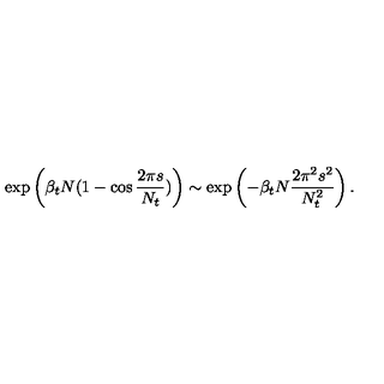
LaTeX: \exp \left( \beta _ { t } N ( 1 - \cos { \frac { 2 \pi s } { N _ { t } } } ) \right) \sim \exp \left( - \beta _ { t } N { \frac { 2 \pi ^ { 2 } s ^ { 2 } } { N _ { t } ^ { 2 } } } \right) .